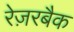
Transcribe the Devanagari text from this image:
रेज़रबैक